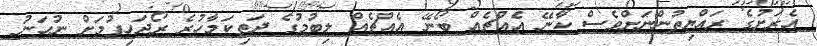
އެރަށުގެ ރައްޔިތުންނަށްވެސް ކާނޭ އެއްޗެއް ބޯނޭ އެއްޗެއް ލިބުމުގެ ދަތިކަމާހުރެ ރޯދަހިފުމަށް ނުހަނު